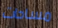
مساحات